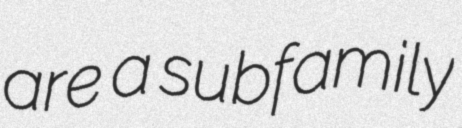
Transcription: are a subfamily